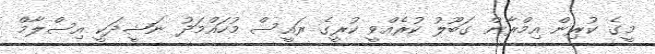
މީގެ ކުރިން އިމްރާން ގަބޫލު ކުރެއްވީ ކުރީގެ ރައީސް މުހައްމަދު ނަޝީދަކީ އިސްލާމް